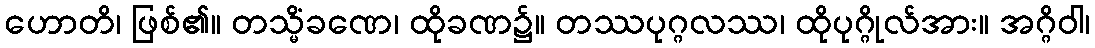
ဟောတိ၊ ဖြစ်၏။ တသ္မိံခဏေ၊ ထိုခဏ၌။ တဿပုဂ္ဂလဿ၊ ထိုပုဂ္ဂိုလ်အား။ အဂ္ဂိဝါ၊